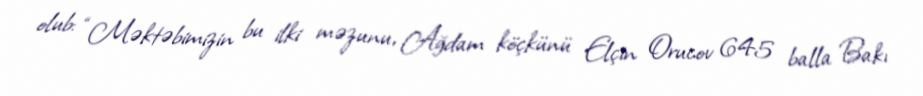
olub: “Məktəbimizin bu ilki məzunu, Ağdam köçkünü Elçin Orucov 645 balla Bakı